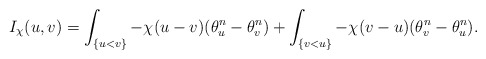
\begin{align*}I_{\chi}(u, v)=\int_{\{u<v\}}-\chi(u-v)(\theta_u^n-\theta_v^n)+\int_{\{v<u\}}-\chi(v-u)(\theta_v^n-\theta_u^n).\end{align*}